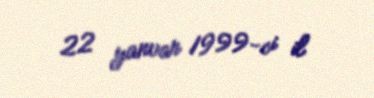
22 yanvar 1999-ci il